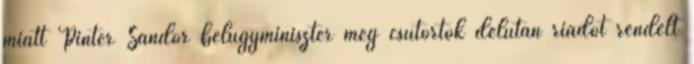
miatt Pintér Sándor belügyminiszter még csütörtök délután riadót rendelt